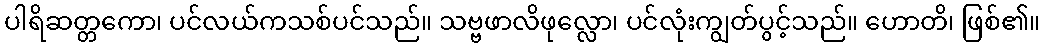
ပါရိဆတ္တကော၊ ပင်လယ်ကသစ်ပင်သည်။ သဗ္ဗဖာလိဖုလ္လော၊ ပင်လုံးကျွတ်ပွင့်သည်။ ဟောတိ၊ ဖြစ်၏။